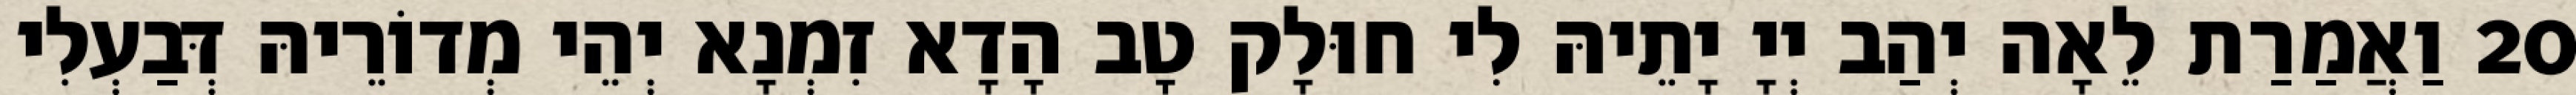
20 וַאֲמַרַת לֵאָה יְהַב יְיָ יָתֵיהּ לִי חוּלָק טָב הָדָא זִמְנָא יְהֵי מְדוֹרֵיהּ דְּבַעְלִי